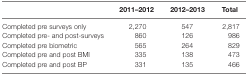
|  | 2011–2012 | 2012–2013 | Total |
 | --- | --- | --- | --- |
 | Completed pre surveys only | 2,270 | 547 | 2,817 |
 | Completed pre- and post-surveys | 860 | 126 | 986 |
 | Completed pre biometric | 565 | 264 | 829 |
 | Completed pre and post BMI | 335 | 138 | 473 |
 | Completed pre and post BP | 331 | 135 | 466 |